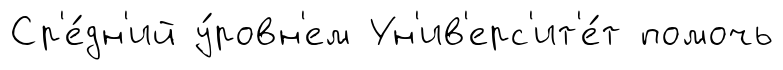
Ср'е́дн'ий у́ровн'ем Ун'ив'ерс'ит'е́т помочь